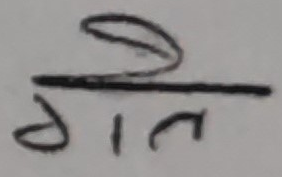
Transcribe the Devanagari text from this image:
गत